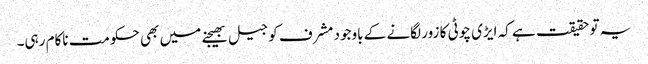
یہ تو حقیقت ہے کہ ایڑی چوٹی کا زور لگانے کے باوجود مشرف کو جیل بھیجنے میں بھی حکومت ناکام رہی۔